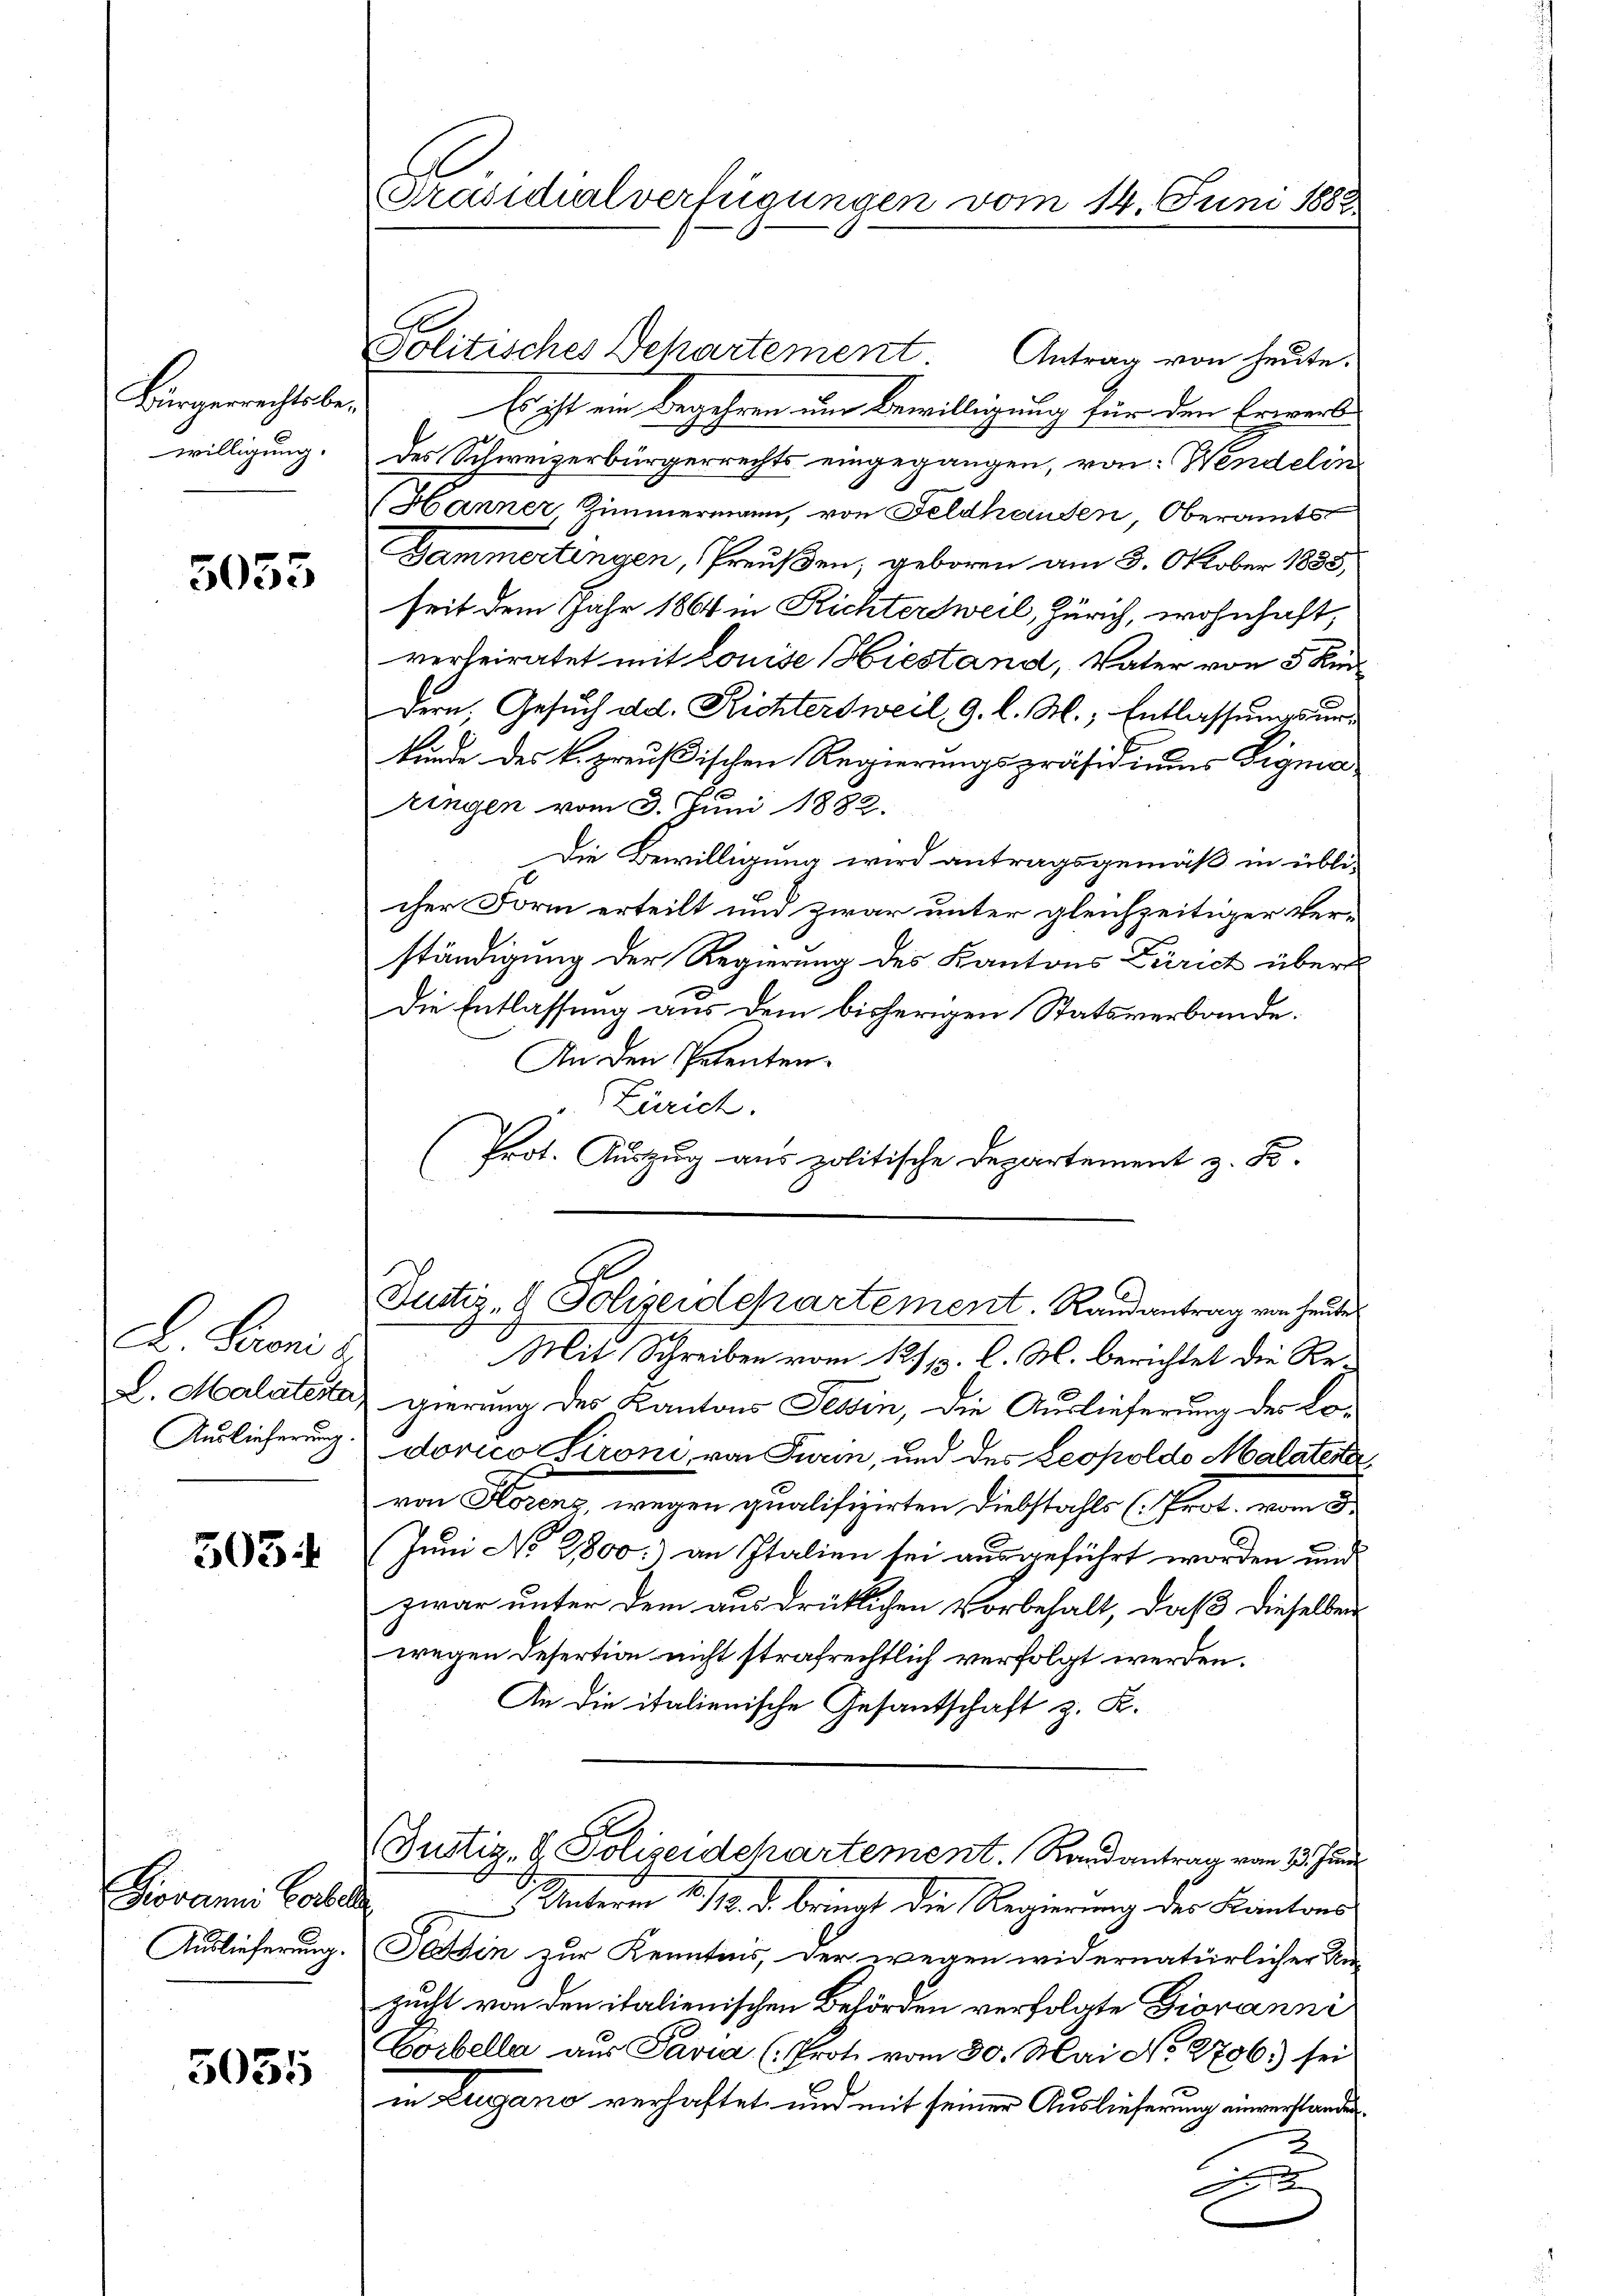
Bürgerrechtsbewilligung.

5055

D Seonis
L. Malatesta
Auslieferung

303

Piovanni Carte
Auslieferung.

5035

Prasicalverfügungen vom 14. Juni 1882

s

Politisches Departement Antrag von heute.
Es ist ein Begehren und Bewilligung für den Erwerb
des Schweizerbürgerrechts eingegangen, von: Wendelin
Hanner Zimmermann, von Feldhausen, Oberamts
Gammertingen, Preußen, geboren am 3. Oktober 1883,
seit dem Jahr 1864 in Richtersweil, Zürich, wohnhaft,
verheiratet mit Louise Hiestand, Vater von 5 Kindern, Gesuch ad. Richtersweil, 9. l. M., Entlassungsurkunde des k. preußischen Regierungspräsidiums Sigmaringen vom 3. Juni 1882.
Die Bewilligung wird antragsgemäß in übli-
cher Form erteilt und zwar unter gleichzeitiger Verständigung der Regierung des Kantons Zürich über
Die Entlassung aus dem bisherigen Statsverbande.
An den Petenten.
Zürich.
Prot. Auszug aus politische Departement z. B.
l
Justiz- & Polizeidepartement. Randantrag von heute
Mit Schreiben vom 12/13. l. M. berichtet die Regierung des Kantons Tessin, die Auslieferung der Lodorico Sironi, von Turin, und des Leopoldo Malaterer,
von Serenz, wegen qualifizirten Diebstahls (Prot, von 5.
Juni No 2,800) an Italien sei ausgeführt worden und
zwar unter dem ausdrüklichen Vorbehalt, daß dieselben
wegen Desertion nicht strafrechtlich verfolgt werden.
An die italienische Gesantschaft z. K.
E
(Justiz- & Polizeidchartement. Randantrag vom 13. Juni
) Unterm 1. 110. d. bringt die Regierung der Kantons
Tessin zur Kenntens, der wegen widernatürlicher Um-
zucht von den italienischen Behörden verfolgte Giovanni
Corbella aus Paria (Prote vom 30. Mai No 2796) sei
in Lugano verhaftet, und mit seiner Auslieferung einverstande
2